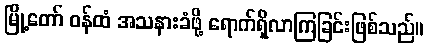
မြို့တော် ဝန်ထံ အသနားခံဖို့ ရောက်ရှိလာကြခြင်းဖြစ်သည်။